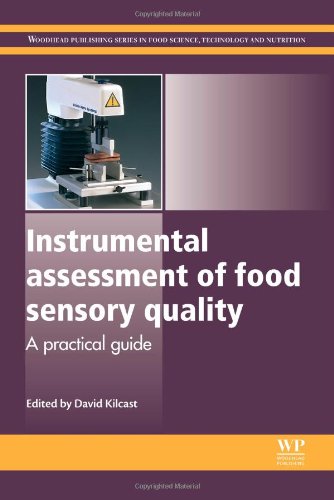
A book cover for Instrumental Assessment of Food Sensory Quality: A Practical Guide (Woodhead Publishing Series in Food Science, Technology and Nutrition); Cookbooks, Food & Wine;